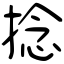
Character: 捻